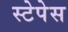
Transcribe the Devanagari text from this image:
स्टेपेस